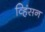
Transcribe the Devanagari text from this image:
व्हिंसन